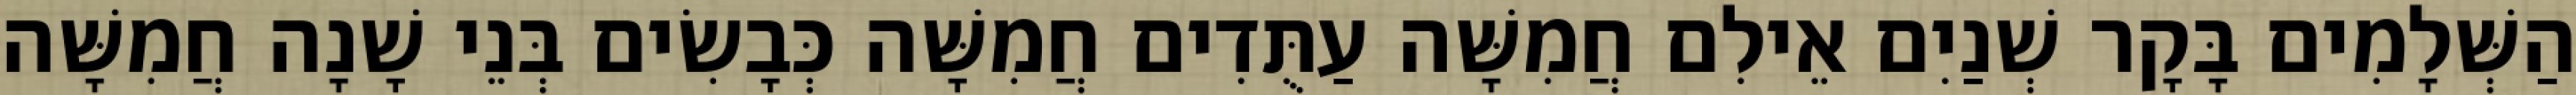
הַשְּׁלָמִים בָּקָר שְׁנַיִם אֵילִם חֲמִשָּׁה עַתֻּדִים חֲמִשָּׁה כְּבָשִׂים בְּנֵי שָׁנָה חֲמִשָּׁה